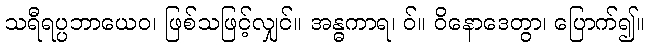
သရီရပ္ပဘာယေဝ၊ ဖြစ်သဖြင့်လျှင်။ အန္ဓကာရ၊ ဝ်။ ဝိနောဒေတွာ၊ ပြောက်၍။